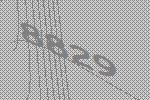
8829